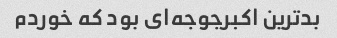
بدترین اکبرجوجه‌ای بود که خوردم